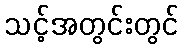
သင့်အတွင်းတွင်